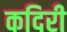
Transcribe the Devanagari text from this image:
कदिरी